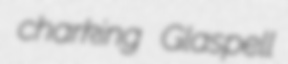
charking Glaspell